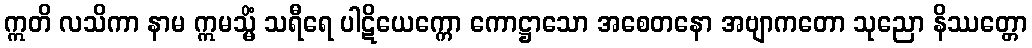
ဣတိ လသိကာ နာမ ဣမသ္မိံ သရီရေ ပါဋိယေက္ကော ကောဋ္ဌာသော အစေတနော အဗျာကတော သုညော နိဿတ္တော